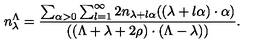
n _ { \lambda } ^ { \Lambda } = \frac { \sum _ { \alpha > 0 } \sum _ { l = 1 } ^ { \infty } 2 n _ { \lambda + l \alpha } ( ( \lambda + l \alpha ) \cdot \alpha ) } { ( ( \Lambda + \lambda + 2 \rho ) \cdot ( \Lambda - \lambda ) ) } .